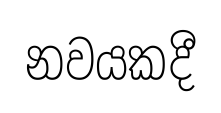
නවයකදී